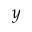
y